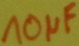
Text: 10µF